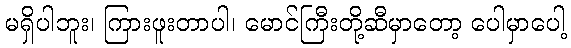
မရှိပါဘူး၊ ကြားဖူးတာပါ၊ မောင်ကြီးတို့ဆီမှာတော့ ပေါမှာပေါ့